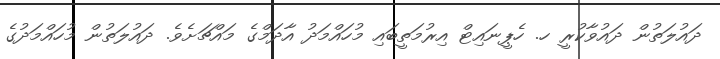
ދައުލަތުން ދައުވާކުރީ ހ. ހެޕީނައިޓް އިރުމަތީބައި މުހައްމަދު އާދަމްގެ މައްޗަށެވެ. ދައުލަތުން މުހައްމަދުގެ